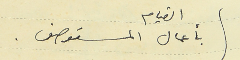
القيام بأعمال المستوصف.